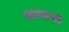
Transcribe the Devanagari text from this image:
अजानते